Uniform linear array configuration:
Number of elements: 12
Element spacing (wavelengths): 1
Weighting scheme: hann
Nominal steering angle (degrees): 60
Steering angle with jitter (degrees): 61.89
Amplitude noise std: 0.05
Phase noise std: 0.05

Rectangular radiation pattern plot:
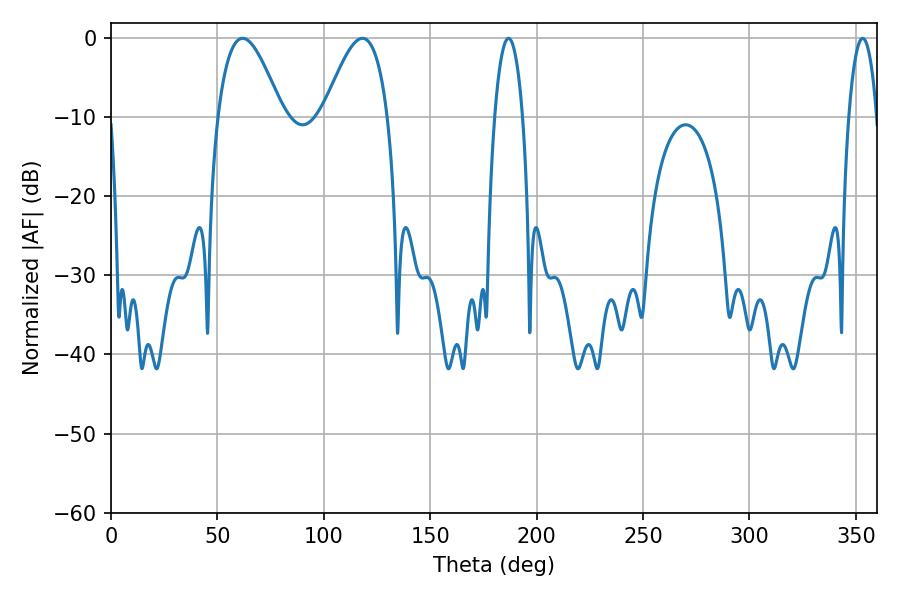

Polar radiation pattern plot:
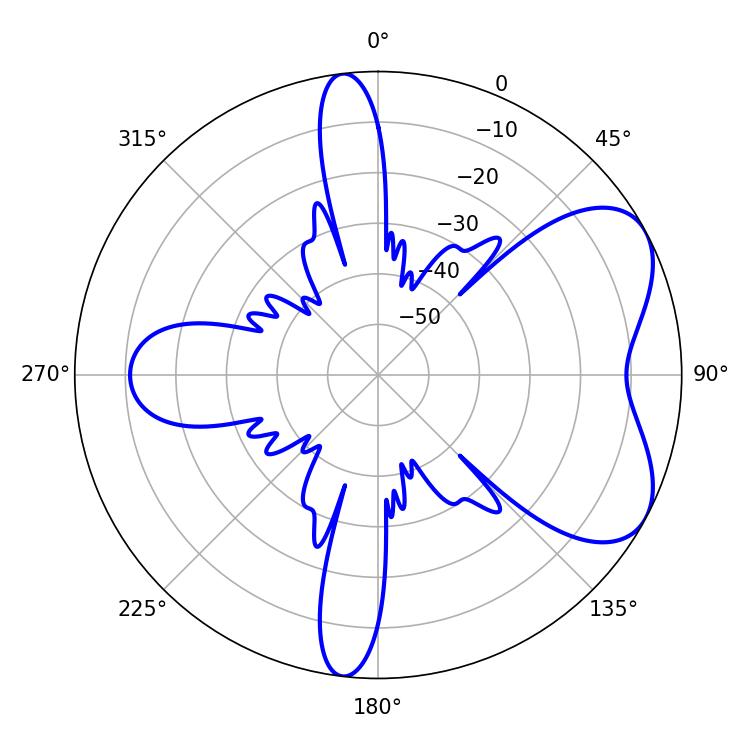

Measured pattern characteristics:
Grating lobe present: TRUE
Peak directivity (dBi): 5.883
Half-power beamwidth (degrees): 16.2
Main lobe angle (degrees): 61.92